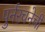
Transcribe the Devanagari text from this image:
पुर्नरचनेची